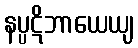
နပ္ပဋိဘာယေယျ